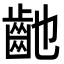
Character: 䶔